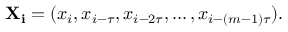
\mathbf { X _ { i } } = ( x _ { i } , x _ { i - \tau } , x _ { i - 2 \tau } , \ldots , x _ { i - ( m - 1 ) \tau } ) .